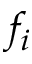
f _ { i }